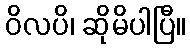
ဝိလပိ၊ ဆိုမိပါပြီ။